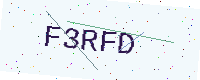
Text: F3RFD